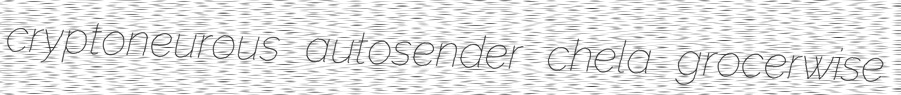
cryptoneurous autosender chela grocerwise